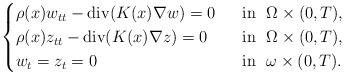
LaTeX: \begin{align*}\begin{cases}\rho(x) w_{tt} - \operatorname{div}(K(x) \nabla w) =0 &~\hbox{ in }~ \Omega \times (0,T), \\\rho(x) z_{tt} - \operatorname{div}(K(x) \nabla z) =0 &~\hbox{ in }~ \Omega\times (0,T), \\w_t=z_t=0 &~\hbox{ in }~ \omega\times(0,T).\end{cases}\end{align*}